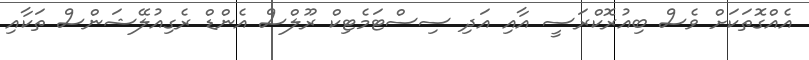
އެއްގޮތަކަށް ވެސް ބިއުރޮކްރަސީ އާއި އަދި ސިސްޓަމެޓިކް ރޫލްސް އެންޑް ރެގިއުލޭޝަންސް ތަކާއި